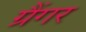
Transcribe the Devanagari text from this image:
ग्रैंगर